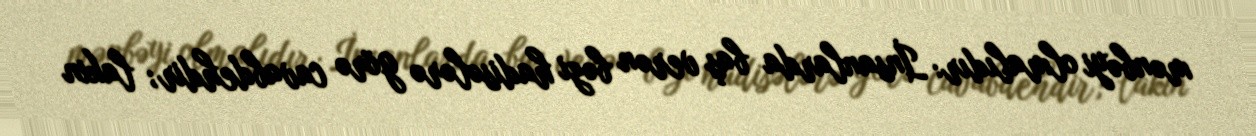
mənbəyi olmalıdır: İnsanlarda baş verən bəzi hadisələrə görə cavabdehdir; lakin